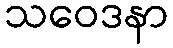
သဝေဒနာ